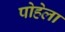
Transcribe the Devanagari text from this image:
पोहेला